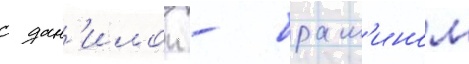
с дан'илои - брам'ином